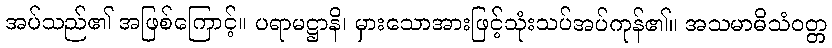
အပ်သည်၏ အဖြစ်ကြောင့်။ ပရာမဋ္ဌာနိ၊ မှားသောအားဖြင့်သုံးသပ်အပ်ကုန်၏။ အသမာဓိသံဝတ္တ